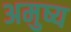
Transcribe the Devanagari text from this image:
अमुष्य